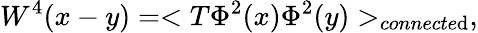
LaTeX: W^{4}(x-y)=<T\Phi^{2}(x)\Phi^{2}(y)>_{connecte\mathrm{d}},